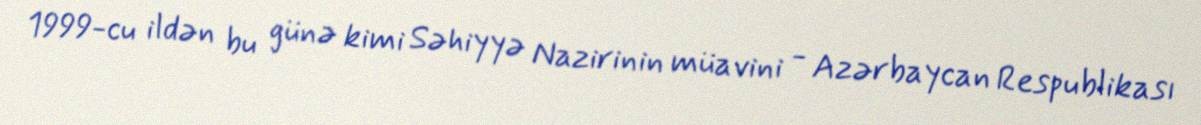
1999-cu ildən bu günə kimi Səhiyyə Nazirinin müavini - Azərbaycan Respublikası